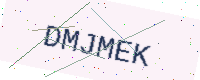
Text: DMJMEK